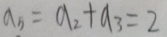
a _ { 5 } = a _ { 2 } + a _ { 3 } = 2